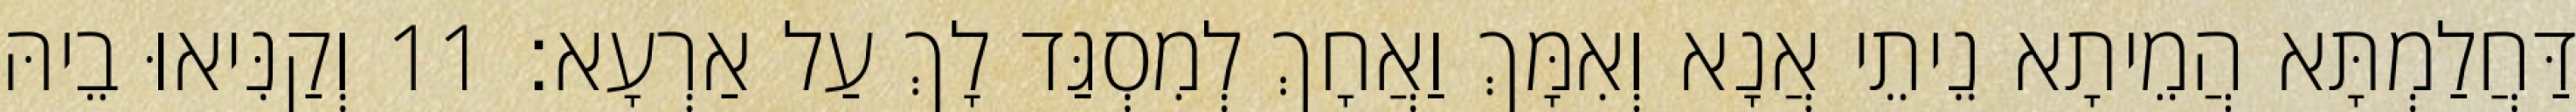
דַּחֲלַמְתָּא הֲמֵיתָא נֵיתֵי אֲנָא וְאִמָּךְ וַאֲחָךְ לְמִסְגַּד לָךְ עַל אַרְעָא׃ 11 וְקַנִּיאוּ בֵיהּ